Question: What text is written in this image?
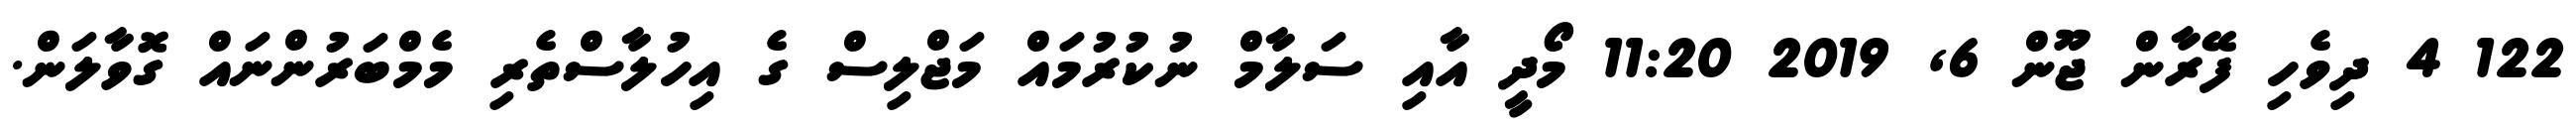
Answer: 122 4 ދިވެހި ފޭރާން ޖޫން 6, 2019 11:20 މޯދީ އާއި ސަލާމް ނުކުރުމައް މަޖްލިސް ގެ އިހުލާސްތެރި މެމްބަރުންނައް ގޮވާލަން.